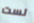
لست